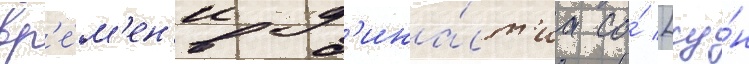
вр'е́м'ен'и д'ина́ст'иа со́ [су́н